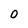
Character: O